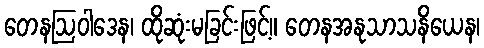
တေနဩဝါဒေန၊ ထိုဆုံးမခြင်းဖြင့်။ တေနအနုသာသနိယေန၊